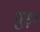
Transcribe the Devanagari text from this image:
गुड़।